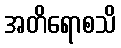
အတိရောစသိ